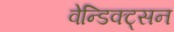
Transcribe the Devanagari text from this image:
वेन्डिक्ट्सन